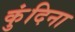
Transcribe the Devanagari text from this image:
कुंदिना